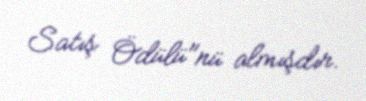
Satış Ödülü"nü almışdır.